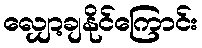
လျှော့ချနိုင်ကြောင်း